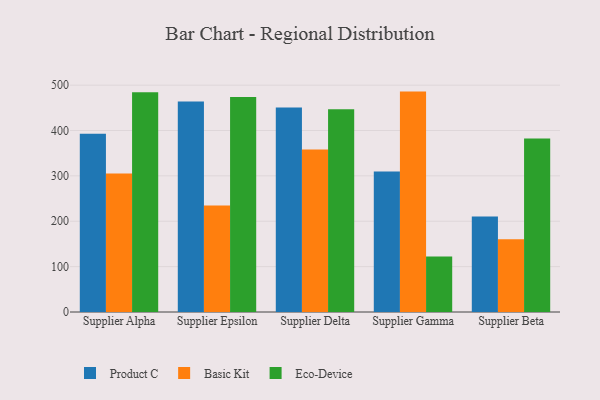
{"axis": {"x": "Supplier", "y": "Page Views"}, "legend": ["Basic Kit", "Eco-Device", "Product C"], "data": [{"x": "Supplier Alpha", "y": 392.7, "type": "Product C"}, {"x": "Supplier Alpha", "y": 305.3, "type": "Basic Kit"}, {"x": "Supplier Alpha", "y": 484.3, "type": "Eco-Device"}, {"x": "Supplier Epsilon", "y": 463.8, "type": "Product C"}, {"x": "Supplier Epsilon", "y": 234.5, "type": "Basic Kit"}, {"x": "Supplier Epsilon", "y": 474.0, "type": "Eco-Device"}, {"x": "Supplier Delta", "y": 450.9, "type": "Product C"}, {"x": "Supplier Delta", "y": 358.4, "type": "Basic Kit"}, {"x": "Supplier Delta", "y": 447.0, "type": "Eco-Device"}, {"x": "Supplier Gamma", "y": 309.5, "type": "Product C"}, {"x": "Supplier Gamma", "y": 485.8, "type": "Basic Kit"}, {"x": "Supplier Gamma", "y": 122.3, "type": "Eco-Device"}, {"x": "Supplier Beta", "y": 210.4, "type": "Product C"}, {"x": "Supplier Beta", "y": 160.2, "type": "Basic Kit"}, {"x": "Supplier Beta", "y": 382.2, "type": "Eco-Device"}]}